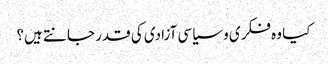
کیا وہ فکری و سیاسی آزادی کی قدر جانتے ہیں؟